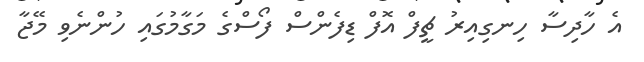
އެ ހާދިސާ ހިނގިއިރު ޗީފް އޮފް ޑިފެންސް ފޯސްގެ މަގާމުގައި ހުންނެވި މޭޖާ